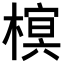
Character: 𣙣